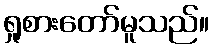
ရှုစားတော်မူသည်။